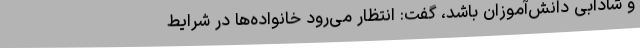
و شادابی دانش‌آموزان باشد، گفت: انتظار می‌رود خانواده‌ها در شرایط